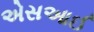
એસઆઈ